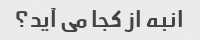
انبه از کجا می آید؟